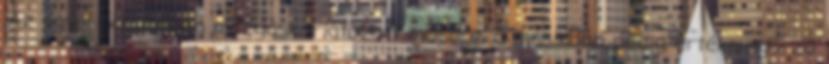
„Az egyik pavilonban mozgáskorlátozott mosdót, a másikban pedig értékmegőrző